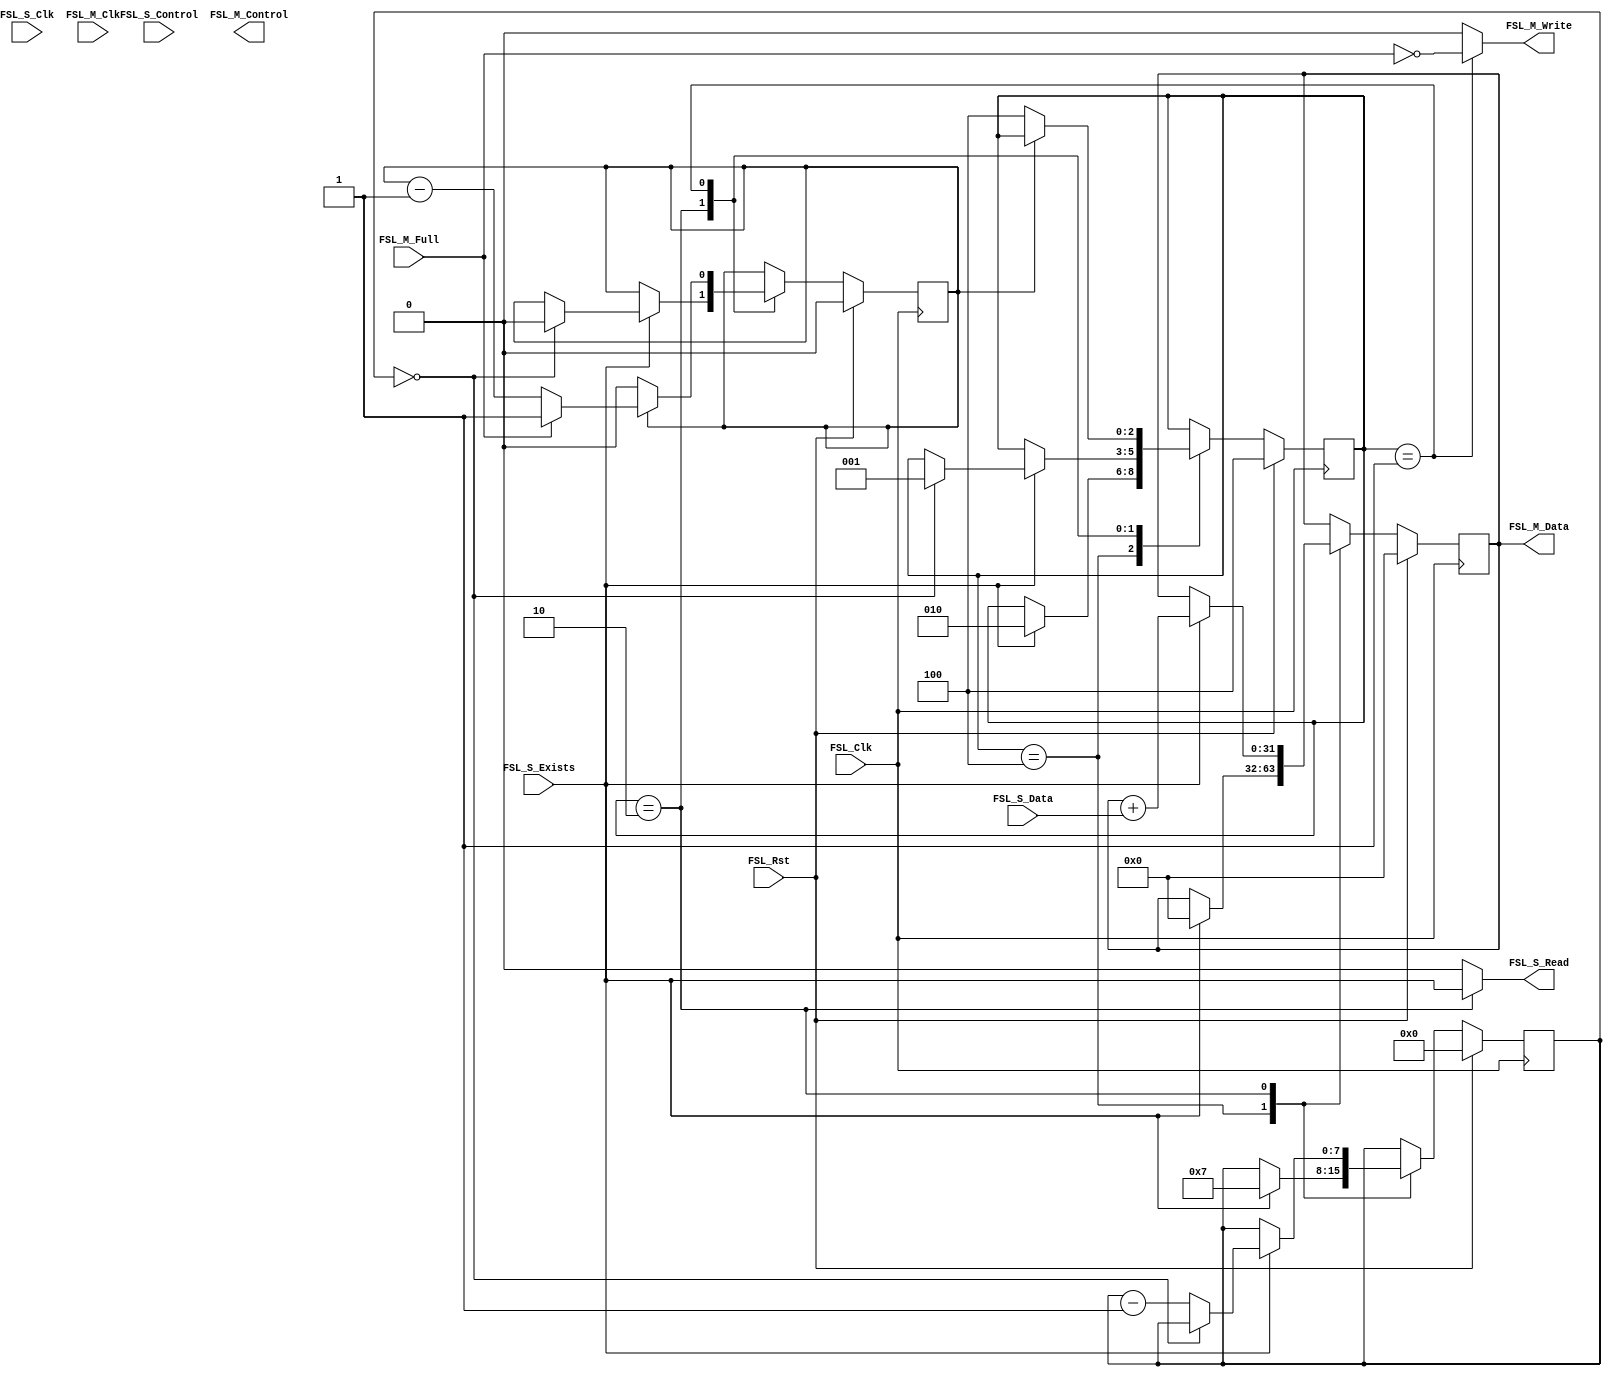
//----------------------------------------------------------------------------
// accelerator - module
//----------------------------------------------------------------------------
// IMPORTANT:
// DO NOT MODIFY THIS FILE EXCEPT IN THE DESIGNATED SECTIONS.
//
// SEARCH FOR --USER TO DETERMINE WHERE CHANGES ARE ALLOWED.
//
// TYPICALLY, THE ONLY ACCEPTABLE CHANGES INVOLVE ADDING NEW
// PORTS AND GENERICS THAT GET PASSED THROUGH TO THE INSTANTIATION
// OF THE USER_LOGIC ENTITY.
//----------------------------------------------------------------------------
//
// ***************************************************************************
// ** Copyright (c) 1995-2012 Xilinx, Inc.  All rights reserved.            **
// **                                                                       **
// ** Xilinx, Inc.                                                          **
// ** XILINX IS PROVIDING THIS DESIGN, CODE, OR INFORMATION "AS IS"         **
// ** AS A COURTESY TO YOU, SOLELY FOR USE IN DEVELOPING PROGRAMS AND       **
// ** SOLUTIONS FOR XILINX DEVICES.  BY PROVIDING THIS DESIGN, CODE,        **
// ** OR INFORMATION AS ONE POSSIBLE IMPLEMENTATION OF THIS FEATURE,        **
// ** APPLICATION OR STANDARD, XILINX IS MAKING NO REPRESENTATION           **
// ** THAT THIS IMPLEMENTATION IS FREE FROM ANY CLAIMS OF INFRINGEMENT,     **
// ** AND YOU ARE RESPONSIBLE FOR OBTAINING ANY RIGHTS YOU MAY REQUIRE      **
// ** FOR YOUR IMPLEMENTATION.  XILINX EXPRESSLY DISCLAIMS ANY              **
// ** WARRANTY WHATSOEVER WITH RESPECT TO THE ADEQUACY OF THE               **
// ** IMPLEMENTATION, INCLUDING BUT NOT LIMITED TO ANY WARRANTIES OR        **
// ** REPRESENTATIONS THAT THIS IMPLEMENTATION IS FREE FROM CLAIMS OF       **
// ** INFRINGEMENT, IMPLIED WARRANTIES OF MERCHANTABILITY AND FITNESS       **
// ** FOR A PARTICULAR PURPOSE.                                             **
// **                                                                       **
// ***************************************************************************
//
//----------------------------------------------------------------------------
// Filename:          accelerator
// Version:           1.00.a
// Description:       Example FSL core (Verilog).
// Verilog Standard:  Verilog-2001
//----------------------------------------------------------------------------
// Naming Conventions:
//   active low signals:                    "*_n"
//   clock signals:                         "clk", "clk_div#", "clk_#x"
//   reset signals:                         "rst", "rst_n"
//   generics:                              "C_*"
//   user defined types:                    "*_TYPE"
//   state machine next state:              "*_ns"
//   state machine current state:           "*_cs"
//   combinatorial signals:                 "*_com"
//   pipelined or register delay signals:   "*_d#"
//   counter signals:                       "*cnt*"
//   clock enable signals:                  "*_ce"
//   internal version of output port:       "*_i"
//   device pins:                           "*_pin"
//   ports:                                 "- Names begin with Uppercase"
//   processes:                             "*_PROCESS"
//   component instantiations:              "<ENTITY_>I_<#|FUNC>"
//----------------------------------------------------------------------------

////////////////////////////////////////////////////////////////////////////////
//
//
// Definition of Ports
// FSL_Clk             : Synchronous clock
// FSL_Rst           : System reset, should always come from FSL bus
// FSL_S_Clk       : Slave asynchronous clock
// FSL_S_Read      : Read signal, requiring next available input to be read
// FSL_S_Data      : Input data
// FSL_S_Control   : Control Bit, indicating the input data are control word
// FSL_S_Exists    : Data Exist Bit, indicating data exist in the input FSL bus
// FSL_M_Clk       : Master asynchronous clock
// FSL_M_Write     : Write signal, enabling writing to output FSL bus
// FSL_M_Data      : Output data
// FSL_M_Control   : Control Bit, indicating the output data are contol word
// FSL_M_Full      : Full Bit, indicating output FSL bus is full
//
////////////////////////////////////////////////////////////////////////////////

//----------------------------------------
// Module Section
//----------------------------------------
module accelerator 
	(
		// ADD USER PORTS BELOW THIS LINE 
		// -- USER ports added here 
		// ADD USER PORTS ABOVE THIS LINE 

		// DO NOT EDIT BELOW THIS LINE ////////////////////
		// Bus protocol ports, do not add or delete. 
		FSL_Clk,
		FSL_Rst,
		FSL_S_Clk,
		FSL_S_Read,
		FSL_S_Data,
		FSL_S_Control,
		FSL_S_Exists,
		FSL_M_Clk,
		FSL_M_Write,
		FSL_M_Data,
		FSL_M_Control,
		FSL_M_Full
		// DO NOT EDIT ABOVE THIS LINE ////////////////////
	);

// ADD USER PORTS BELOW THIS LINE 
// -- USER ports added here 
// ADD USER PORTS ABOVE THIS LINE 

input                                     FSL_Clk;
input                                     FSL_Rst;
input                                     FSL_S_Clk;
output                                    FSL_S_Read;
input      [0 : 31]                       FSL_S_Data;
input                                     FSL_S_Control;
input                                     FSL_S_Exists;
input                                     FSL_M_Clk;
output                                    FSL_M_Write;
output     [0 : 31]                       FSL_M_Data;
output                                    FSL_M_Control;
input                                     FSL_M_Full;

// ADD USER PARAMETERS BELOW THIS LINE 
// --USER parameters added here 
// ADD USER PARAMETERS ABOVE THIS LINE


//----------------------------------------
// Implementation Section
//----------------------------------------
// In this section, we povide an example implementation of MODULE accelerator
// that does the following:
//
// 1. Read all inputs
// 2. Add each input to the contents of register 'sum' which
//    acts as an accumulator
// 3. After all the inputs have been read, write out the
//    content of 'sum' into the output FSL bus NUMBER_OF_OUTPUT_WORDS times
//
// You will need to modify this example for
// MODULE accelerator to implement your coprocessor

   // Total number of input data.
   localparam NUMBER_OF_INPUT_WORDS  = 8;

   // Total number of output data
   localparam NUMBER_OF_OUTPUT_WORDS = 1;

   // Define the states of state machine
   localparam Idle  = 3'b100;
   localparam Read_Inputs = 3'b010;
   localparam Write_Outputs  = 3'b001;

   reg [0:2] state;

   // Accumulator to hold sum of inputs read at any point in time
   reg [0:31] sum;

   // Counters to store the number inputs read & outputs written
   reg [0:NUMBER_OF_INPUT_WORDS - 1] nr_of_reads;
   reg [0:NUMBER_OF_OUTPUT_WORDS - 1] nr_of_writes;

   // CAUTION:
   // The sequence in which data are read in should be
   // consistent with the sequence they are written in the
   // driver's accelerator.c file

   assign FSL_S_Read  = (state == Read_Inputs) ? FSL_S_Exists : 0;
   assign FSL_M_Write = (state == Write_Outputs) ? ~FSL_M_Full : 0;

   assign FSL_M_Data = sum;

   always @(posedge FSL_Clk) 
   begin  // process The_SW_accelerator
      if (FSL_Rst)               // Synchronous reset (active high)
        begin
           // CAUTION: make sure your reset polarity is consistent with the
           // system reset polarity
           state        <= Idle;
           nr_of_reads  <= 0;
           nr_of_writes <= 0;
           sum          <= 0;
        end
      else
        case (state)
          Idle: 
            if (FSL_S_Exists == 1)
            begin
              state       <= Read_Inputs;
              nr_of_reads <= NUMBER_OF_INPUT_WORDS - 1;
              sum         <= 0;
            end

          Read_Inputs: 
            if (FSL_S_Exists == 1) 
            begin
              // Coprocessor function (Adding) happens here
              sum         <= sum + FSL_S_Data;
              if (nr_of_reads == 0)
                begin
                  state        <= Write_Outputs;
                  nr_of_writes <= NUMBER_OF_OUTPUT_WORDS - 1;
                end
              else
                nr_of_reads <= nr_of_reads - 1;
            end

          Write_Outputs: 
            if (nr_of_writes == 0) 
              state <= Idle;
            else
              if (FSL_M_Full == 0)  nr_of_writes <= nr_of_writes - 1;
        endcase
   end

endmodule